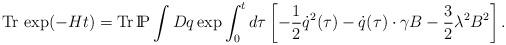
LaTeX: \begin{align*}{\rm Tr}\,\exp(-Ht)={\rm Tr}\,{\rm I\!P} \int Dq \exp\int_0^t d\tau\left[ -\frac12 \dot q^2(\tau) -\dot q(\tau)\cdot\gamma B-\frac32\lambda^2 B^2 \right].\end{align*}